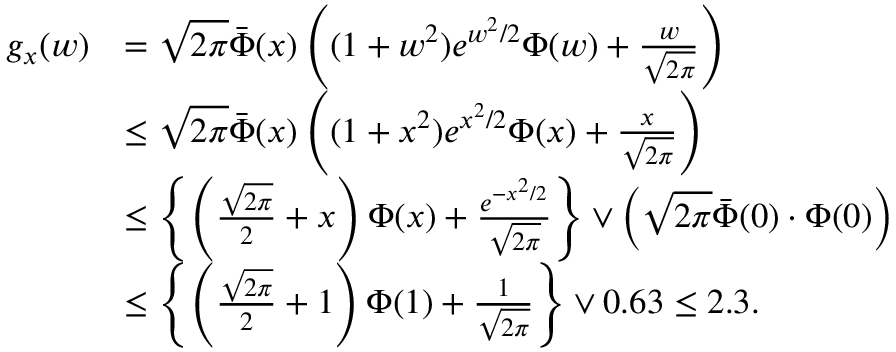
\begin{array} { r l } { g _ { x } ( w ) } & { = \sqrt { 2 \pi } \bar { \Phi } ( x ) \left( ( 1 + w ^ { 2 } ) e ^ { w ^ { 2 } / 2 } \Phi ( w ) + \frac { w } { \sqrt { 2 \pi } } \right) } \\ & { \leq \sqrt { 2 \pi } \bar { \Phi } ( x ) \left( ( 1 + x ^ { 2 } ) e ^ { x ^ { 2 } / 2 } \Phi ( x ) + \frac { x } { \sqrt { 2 \pi } } \right) } \\ & { \leq \left\{ \left( \frac { \sqrt { 2 \pi } } { 2 } + x \right) \Phi ( x ) + \frac { e ^ { - x ^ { 2 } / 2 } } { \sqrt { 2 \pi } } \right\} \vee \left( \sqrt { 2 \pi } \bar { \Phi } ( 0 ) \cdot \Phi ( 0 ) \right) } \\ & { \leq \left\{ \left( \frac { \sqrt { 2 \pi } } { 2 } + 1 \right) \Phi ( 1 ) + \frac { 1 } { \sqrt { 2 \pi } } \right\} \vee 0 . 6 3 \leq 2 . 3 . } \end{array}